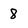
Character: 8